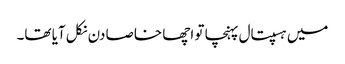
میں ہسپتال پہنچا تو اچھا خاصا دن نکل آیا تھا۔